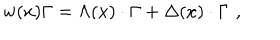
LaTeX: w ( x ) \Gamma = \Lambda ( x ) \cdot \Gamma + \Delta ( x ) \cdot \Gamma \, \, ,